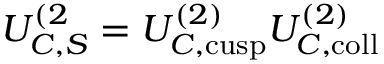
U _ { C , S } ^ { ( 2 } = U _ { C , \mathrm { c u s p } } ^ { ( 2 ) } U _ { C , \mathrm { c o l l } } ^ { ( 2 ) }